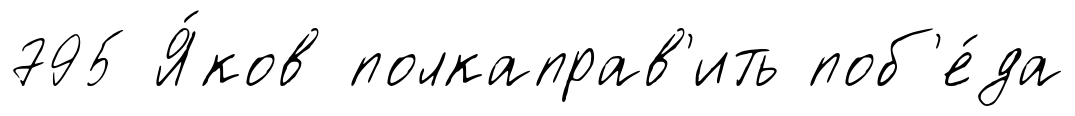
795 Я́ков полкаправ'ить поб'е́да